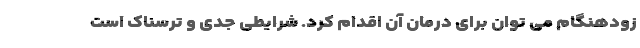
زودهنگام می توان برای درمان آن اقدام کرد. شرایطی جدی و ترسناک است